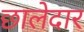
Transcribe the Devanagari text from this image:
छालेदार